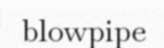
blowpipe